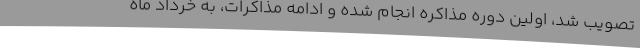
تصویب شد، اولین دوره مذاکره انجام شده و ادامه مذاکرات، به خرداد ماه